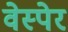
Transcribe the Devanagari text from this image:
वेस्पेर